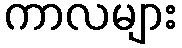
ကာလများ